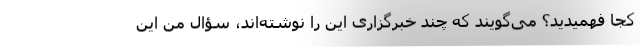
کجا فهمیدید؟ می‌گویند که چند خبرگزاری این را نوشته‌اند، سؤال من این